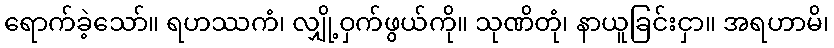
ရောက်ခဲ့သော်။ ရဟဿကံ၊ လျှို့ဝှက်ဖွယ်ကို။ သုဏိတုံ၊ နာယူခြင်းငှာ။ အရဟာမိ၊